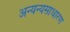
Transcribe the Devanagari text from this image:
अन्यन्यसाधारण